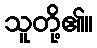
သူတို့၏။